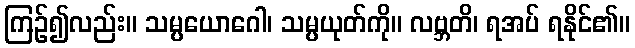
ကြဉ်၍လည်း။ သမ္ပယောဂေါ၊ သမ္ပယုတ်ကို။ လဗ္ဘတိ၊ ရအပ် ရနိုင်၏။